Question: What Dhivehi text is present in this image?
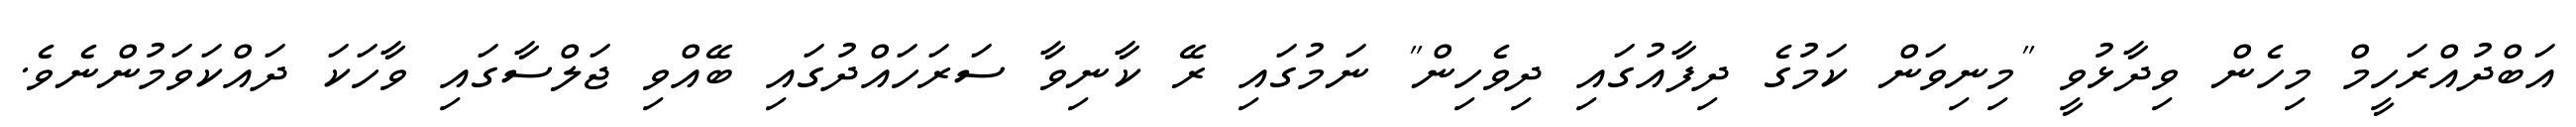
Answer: އަބްދުއްރަހީމް މިހެން ވިދާޅުވީ "މިނިވަން ކަމުގެ ދިފާއުގައި ދިވެހިން" ނަމުގައި ރޭ ކާނިވާ ސަރަހައްދުގައި ބޭއްވި ޖަލްސާގައި ވާހަކަ ދައްކަވަމުންނެވެ.